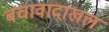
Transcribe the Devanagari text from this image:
बचावादाखल